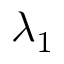
\lambda _ { 1 }